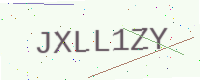
Text: JXLL1ZY